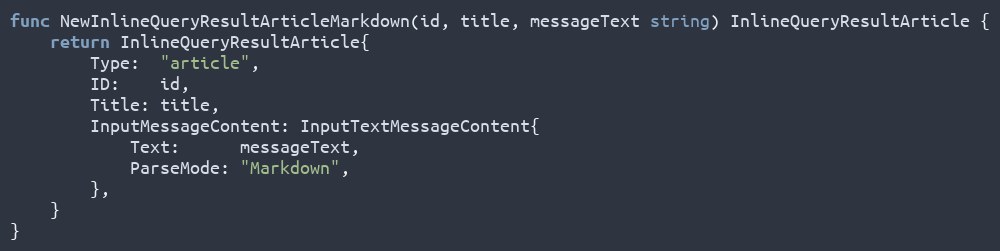
Language: Go
func NewInlineQueryResultArticleMarkdown(id, title, messageText string) InlineQueryResultArticle {
	return InlineQueryResultArticle{
		Type:  "article",
		ID:    id,
		Title: title,
		InputMessageContent: InputTextMessageContent{
			Text:      messageText,
			ParseMode: "Markdown",
		},
	}
}